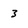
Character: 3